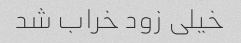
خیلی زود خراب شد